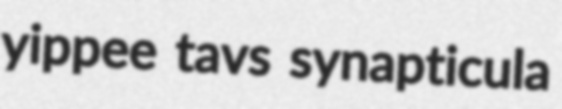
yippee tavs synapticula